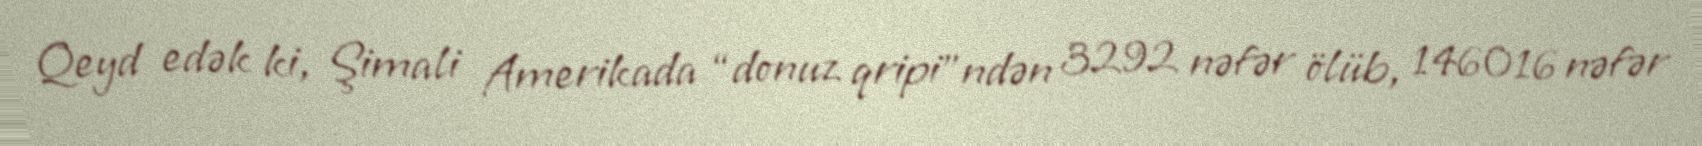
Qeyd edək ki, Şimali Amerikada “donuz qripi”ndən 3292 nəfər ölüb, 146016 nəfər